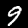
Digit: 9